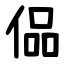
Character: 偘